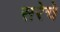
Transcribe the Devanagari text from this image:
सरेचे